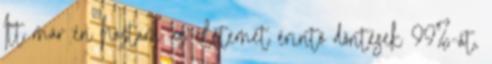
Itt már én hoztam az életemet érintő döntések 99%-át,